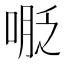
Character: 𠸾